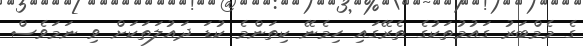
ގެ މެމްބަރު ގައުމުތަކުގެ ތެރޭގައި ހިމެނޭ ކިތަންމެ ކުޑަ ދައުލަތަކަށް ވި ނަމަވެސް